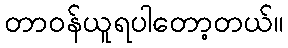
တာဝန်ယူရပါတော့တယ်။